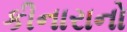
કીનારાનો